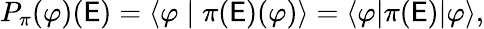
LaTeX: P_{\pi}(\varphi)(\mathsf{E})=\langle\varphi\mid\pi(\mathsf{E})(\varphi)\rangle=\langle\varphi|\pi(\mathsf{E})|\varphi\rangle,